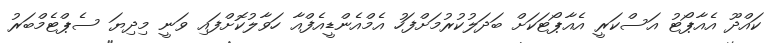
ކައްދޫ އެއާޕޯޓު އަސްކަރީ އެއާޕޯޓަކަށް ބަދަލުކުރުމަށްފަހު އެމްއެންޑީއެފްއާ ހަވާލުކޮށްފައި ވަނީ މިދިޔަ ސެޕްޓެމްބަރު